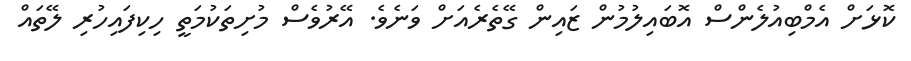
ކޮޅަށް އެމްބިއުލެންސް އޮބައިލުމުން ޒައިން ގޭތެރެއަށް ވަނެވެ. އޭރުވެސް މުށިތަކުމަތީ ހިކިފައިހުރި ލޭތައް